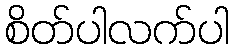
စိတ်ပါလက်ပါ